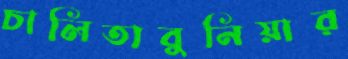
চালিতাবুনিয়ার